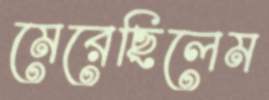
মেরেছিলেম